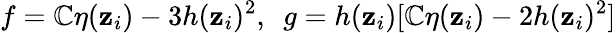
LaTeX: f=\mathbb{C}\eta(\mathbf{z}_{i})-3h(\mathbf{z}_{i})^{2},~~g=h(\mathbf{z}_{i})[\mathbb{C}\eta(\mathbf{z}_{i})-2h(\mathbf{z}_{i})^{2}]